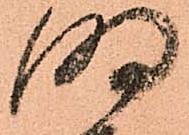
明